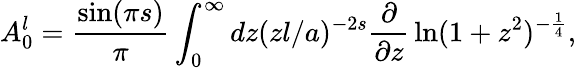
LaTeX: A_{0}^{l}={\frac{\sin(\pi s)}{\pi}}\int_{0}^{\infty}dz(zl/a)^{-2s}{\frac{\partial}{\partial z}}\ln(1+z^{2})^{-{\frac{1}{4}}},